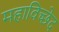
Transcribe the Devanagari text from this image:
महाविच्छेद